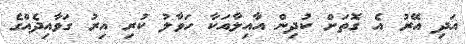
އަދި އޭރު އެ ގޮތަށް ކުދިން އާއިލާއަކާ ހަވާލު ކުރި އިރު ގަވާއިދެއްގެ